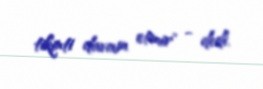
tikinti davam etmir" - dedi.